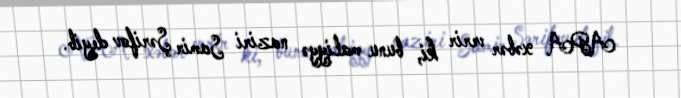
APA xəbər verir ki, bunu maliyyə naziri Samir Şərifov deyib.